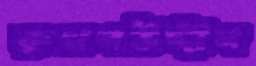
রুখনউদ্দীন